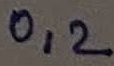
Text: 0,2